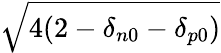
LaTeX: \sqrt{4(2-\delta_{n0}-\delta_{p0})}